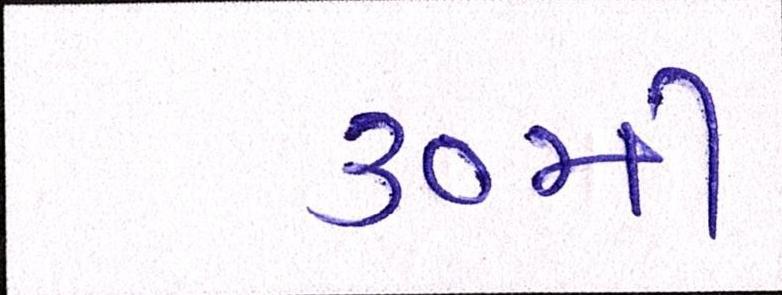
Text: ૩૦મી